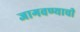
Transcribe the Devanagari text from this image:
जागवण्याची